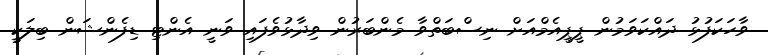
ވާހަކަފުޅު ދައްކަވަމުން ޕީޕީއެމްއަށް ނިސްބަތްވާ މެންބަރުން ވިދާޅުވެފައި ވަނީ އެންޓި ޑިފެންޝަން ބިލަކީ